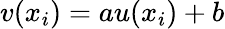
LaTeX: v(x_{i})=au(x_{i})+b